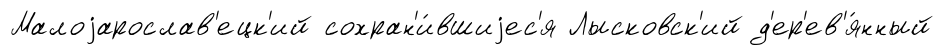
Малоjарослав'ецк'ий сохран'и́вшиjес'я Лысковск'ий д'ер'ев'я́нный